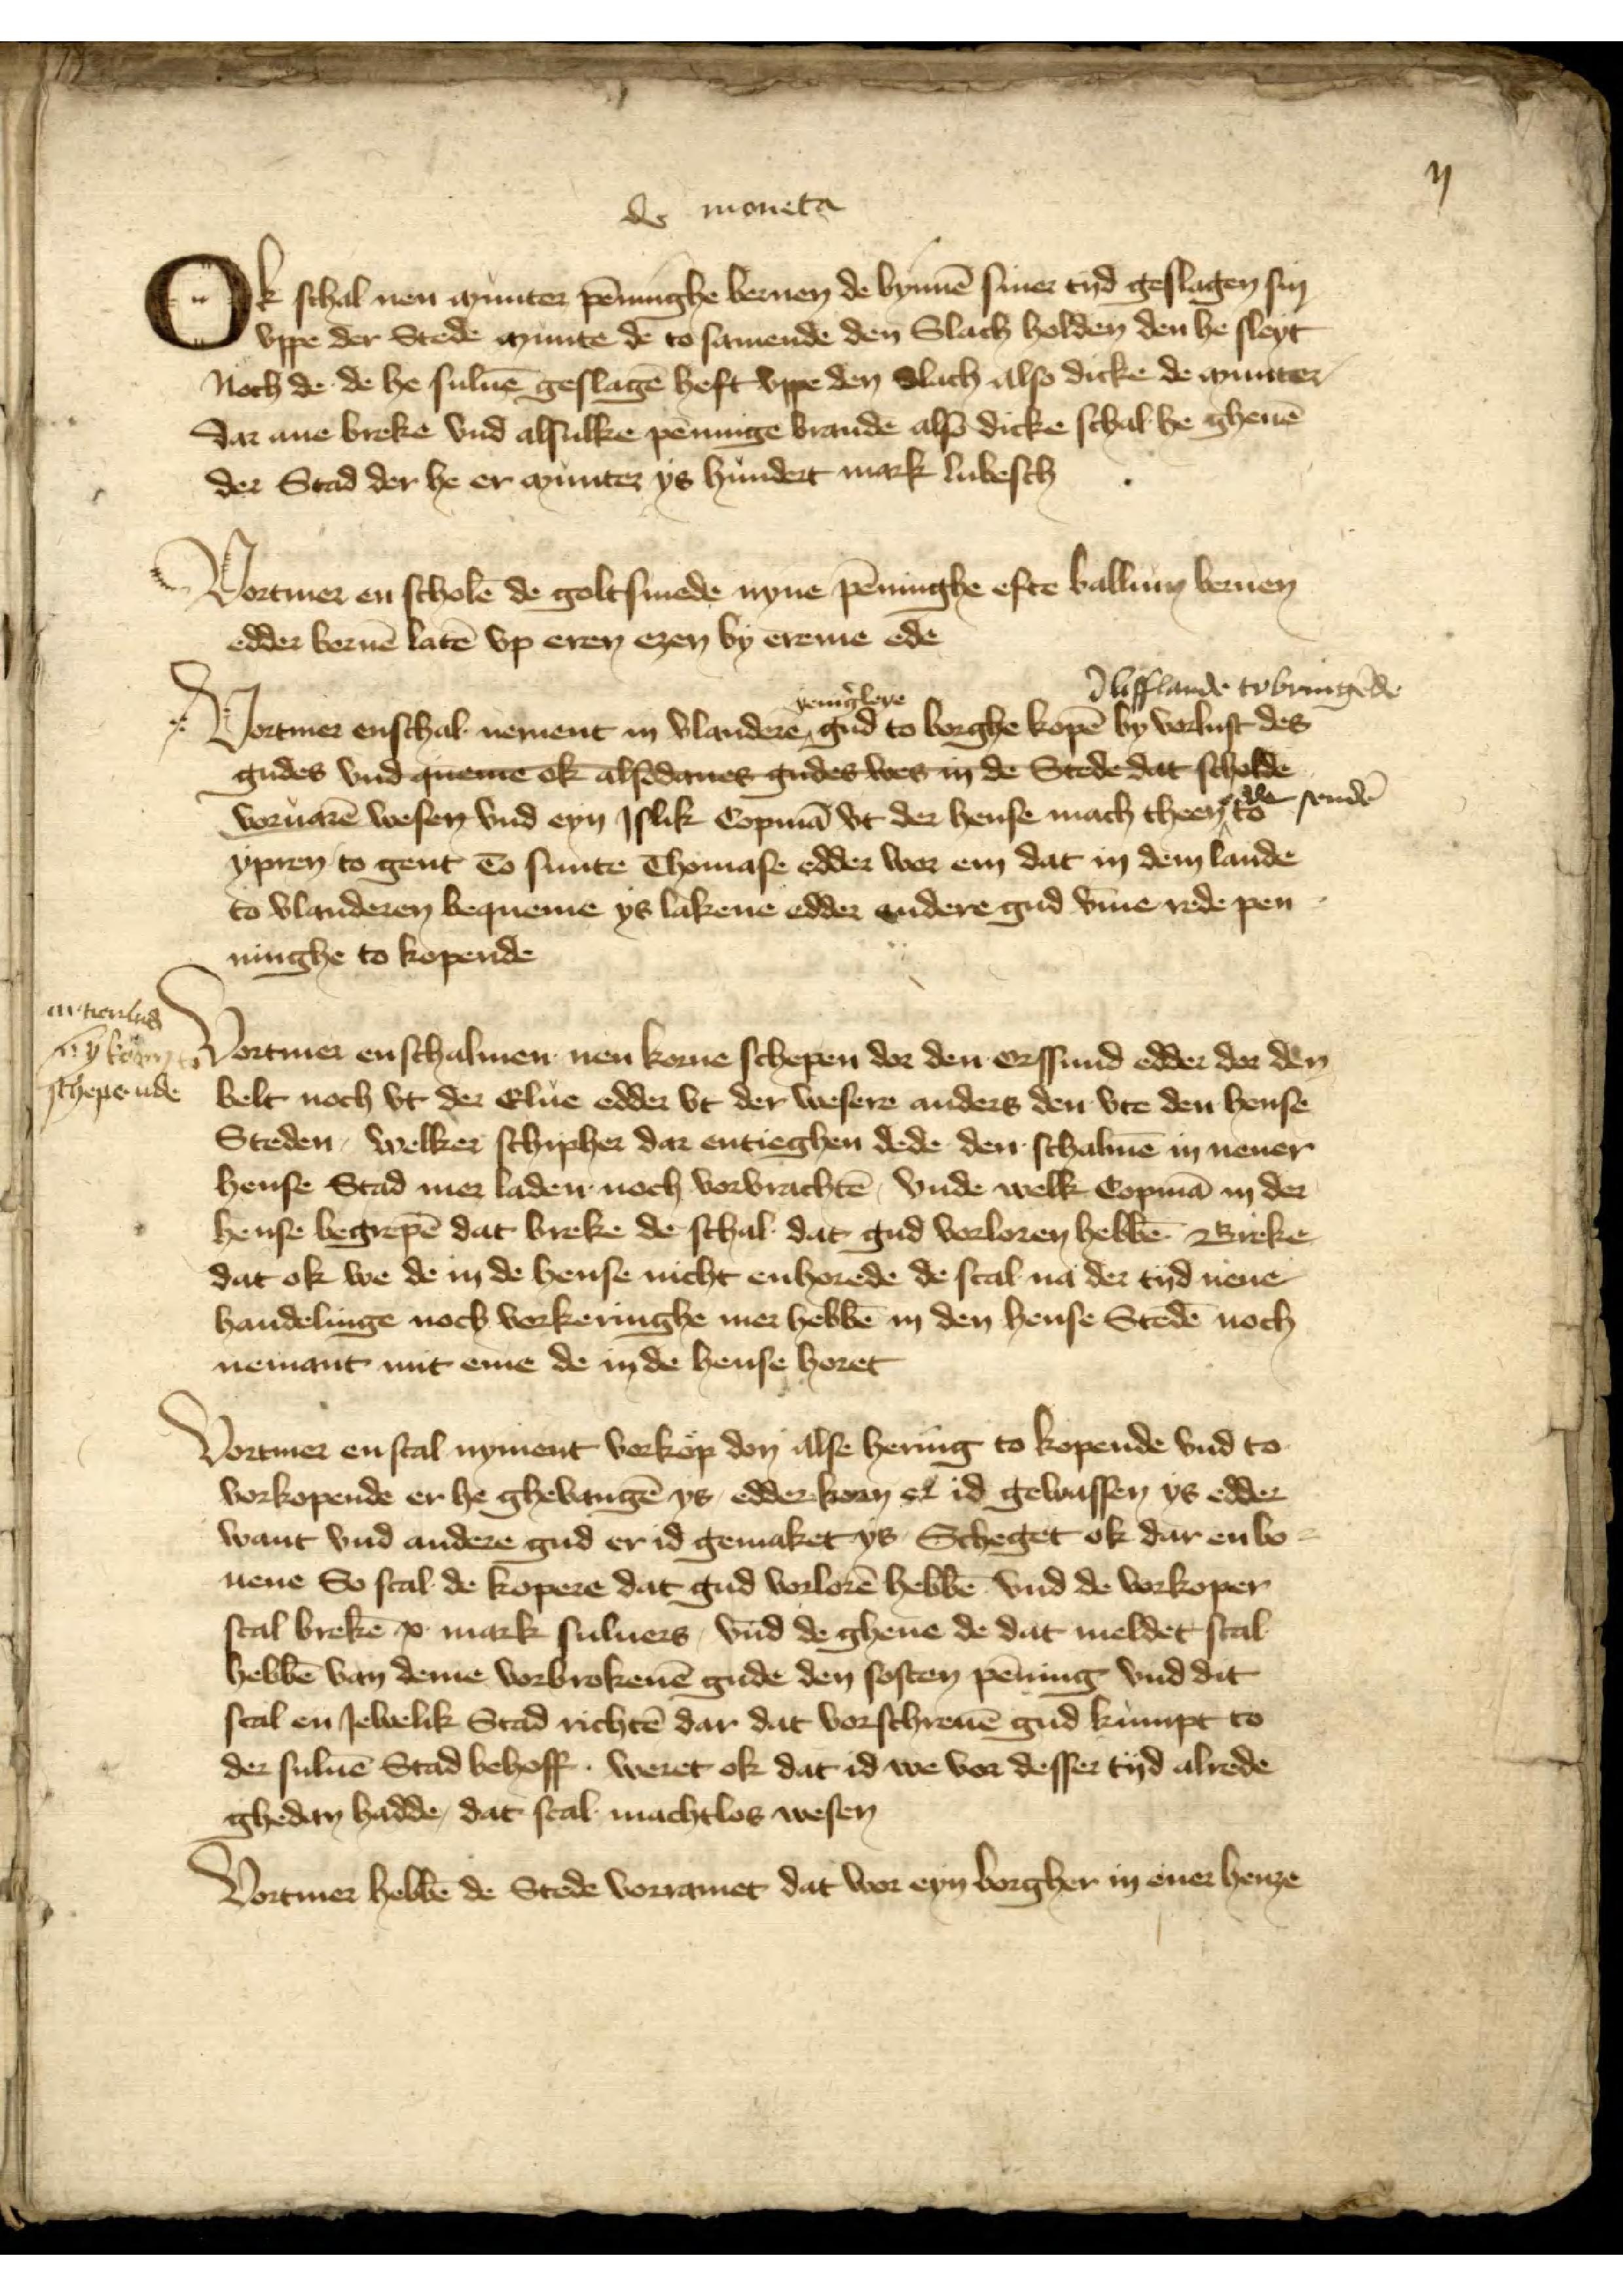
de moneta

Ok schal nen munter pēninghe bernen de bynnē siner tyd geslagen sin
vppe der Stede munte de to samende den Slach holden den he sleyt
Noch de de he suluē geslagē hefft vppe den slach also dicke de munter
dar ane breke vnd alsulke penninge brande also dicke schal he gheuē
der Stad der he er munter ys hundert mark lubesch

lyflande tobringēde 
Vortmer enschal nement in Vlandere yenig̉leye gud to borghe kopē by vorlust des
gudes vnd queme ok alsodanes gudes wes in de Stede dat scholde
we sende
voruarē wesen vnd eyn islik Copmā vt der hense mach theen to 
ypren to gent to sunte Thomase edder wor em dat in dem lande
to Vlanderen bequeme ys lakene edder vndere gud v̄me rede pen¬
ninghe to kopende
ane
Merortmer enschalmen nen korne schepen der den erssund edder der den
schepende
belt noch vt der Elue edder vt der wesere anders den vte den hense
Steden, welker schipher dar entieghen dede den schalmē in nener
hense Stad mer laden noch vorbrachtē, vnde welk Copmā in der
hense begrepē dat breke de schal dat gud vorloren hebbē Breke
dat ok we de in de hense nicht enhorede de scal nā der tyd nene
handelinge noch vorkeringhe mer hebbē in den hense Stedē noch
nemant mit eme de in de hense horet
Vortmer en scal nyment vorkop don alse hering to kopende vnd to
vorkopende er he ghebangē ys, edder kom e id gewassen ys edder
want vnd andere gud er id gemaket ys Scheget ok dar en bo
nene So scal de kopere dat gud vorlorē hebbē vnd de vorkoper
scal brekē s mark suluers, vnd de ghene de dat meldet scal
hebbē van deme vorbrokenē gude den sosten penning vnd dit
scal en Jewelik Stad richtē dar dat vorschreuē gud kumpt to
der suluē Stad behoff weret ok dat id we vor desser tyd alrede
ghedan hadde, dat scal machtlos wesen
Vortmer hebbē de Stede vorramet dat vor eyn borgher mener henze

Vortmer en scholē de goltsmede nyne pēninge efte balliun bernen
edder bernē latē vpp eren ezen by ereme ede